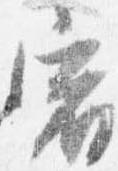
宿